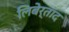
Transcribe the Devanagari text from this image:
लिबेर्ताद